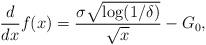
LaTeX: \begin{align*}\frac{d}{dx} f(x) = \frac{\sigma \sqrt{ \log(1 / \delta) } }{\sqrt{x}} - G_0,\end{align*}